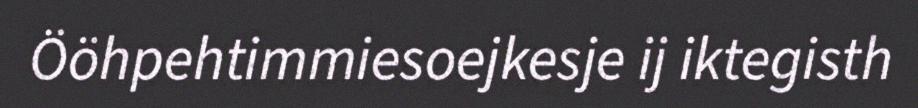
Ööhpehtimmiesoejkesje ij iktegisth